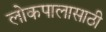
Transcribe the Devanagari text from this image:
लोकपालासाठी